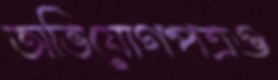
অভিযোগপত্রও